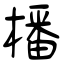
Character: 橎